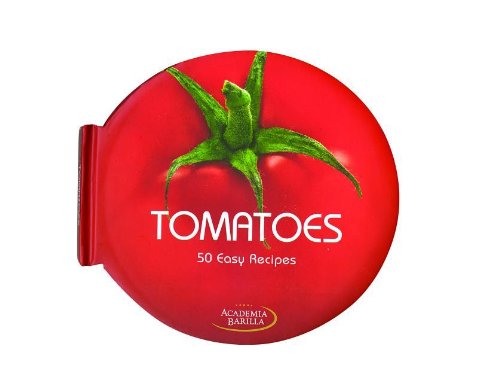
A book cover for Tomatoes: 50 Easy Recipes; Academia Barilla; Cookbooks, Food & Wine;